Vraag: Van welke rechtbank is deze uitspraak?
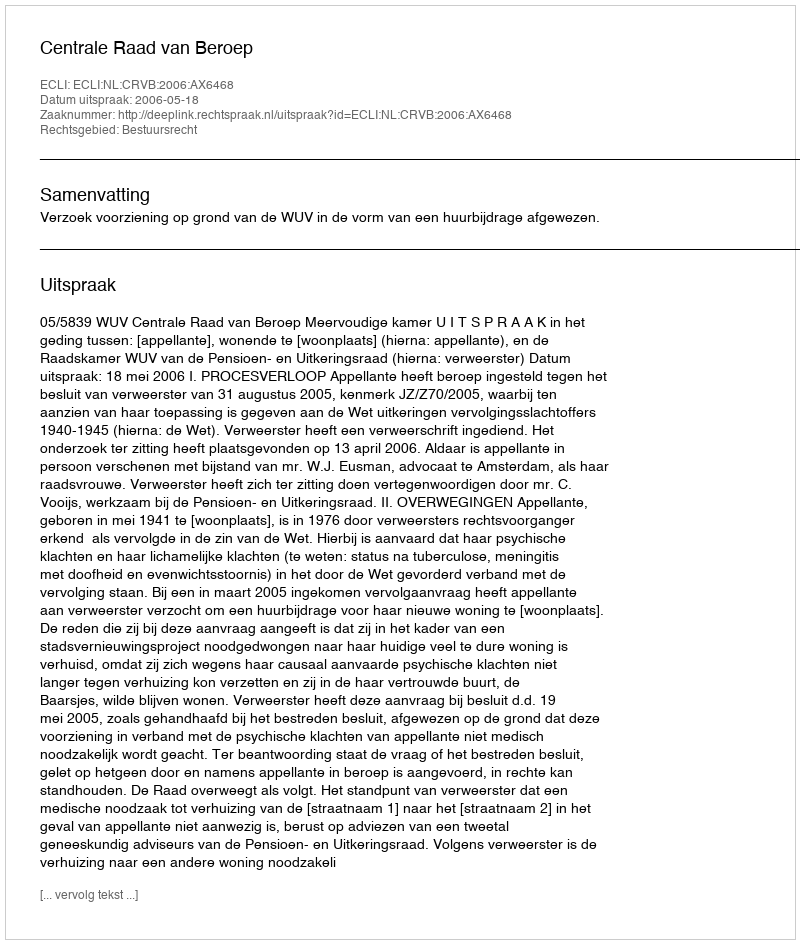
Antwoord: Centrale Raad van Beroep